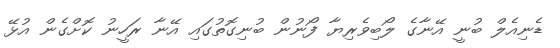
ޑެނިއެލް ބުނީ އޭނާގެ ލޯބިވެރިޔާ ފޯނުން ބުނިގޮތުގައި އޭނާ ރަހީނު ކޮށްގެން އުޅޭ